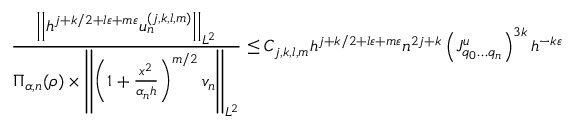
\frac { \left| \left| h ^ { j + k / 2 + l \varepsilon + m \varepsilon } u _ { n } ^ { ( j , k , l , m ) } \right| \right| _ { L ^ { 2 } } } { \Pi _ { \alpha , n } ( \rho ) \times \left| \left| \left( 1 + \frac { x ^ { 2 } } { \alpha _ { n } h } \right) ^ { m / 2 } v _ { n } \right| \right| _ { L ^ { 2 } } } \leq C _ { j , k , l , m } h ^ { j + k / 2 + l \varepsilon + m \varepsilon } n ^ { 2 j + k } \left( J _ { q _ { 0 } \dots q _ { n } } ^ { u } \right) ^ { 3 k } h ^ { - k \varepsilon }